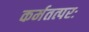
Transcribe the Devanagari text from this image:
कर्मतत्परः